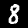
Label: 8